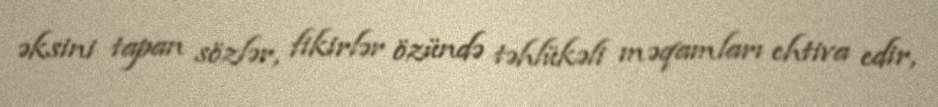
əksini tapan sözlər, fikirlər özündə təhlükəli məqamları ehtiva edir,